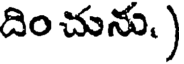
దిం చును. )